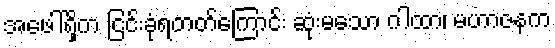
အဖေါ်ရှိက ငြင်းခုံရတတ်ကြောင်း ဆုံးမသော ဂါထာ၊ မဟာဇနက